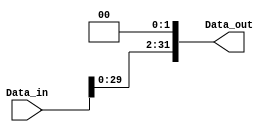
module F_shift_left_2(
    input  wire [31:0] Data_in,
    output wire [31:0] Data_out
);
    assign Data_out = Data_in << 2;

endmodule